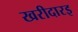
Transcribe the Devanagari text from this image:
खरीदारइ